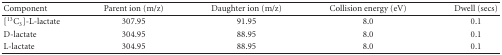
<table><thead><tr><td><b>Component</b></td><td><b>Parent ion (m/z)</b></td><td><b>Daughter ion (m/z)</b></td><td><b>Collision energy (eV)</b></td><td><b>Dwell (secs)</b></td></tr></thead><tbody><tr><td>[<sup>13</sup>C<sub>3</sub>]-L-lactate</td><td>307.95</td><td>91.95</td><td>8.0</td><td>0.1</td></tr><tr><td>D-lactate</td><td>304.95</td><td>88.95</td><td>8.0</td><td>0.1</td></tr><tr><td>L-lactate</td><td>304.95</td><td>88.95</td><td>8.0</td><td>0.1</td></tr></tbody></table>